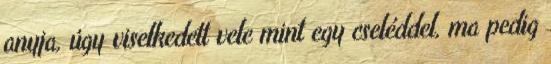
anyja, úgy viselkedett vele mint egy cseléddel, ma pedig